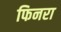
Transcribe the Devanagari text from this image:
फिनरा